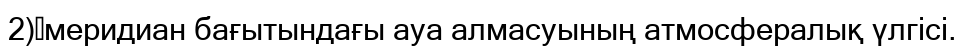
2)	меридиан бағытындағы ауа алмасуының атмосфералық үлгісі.